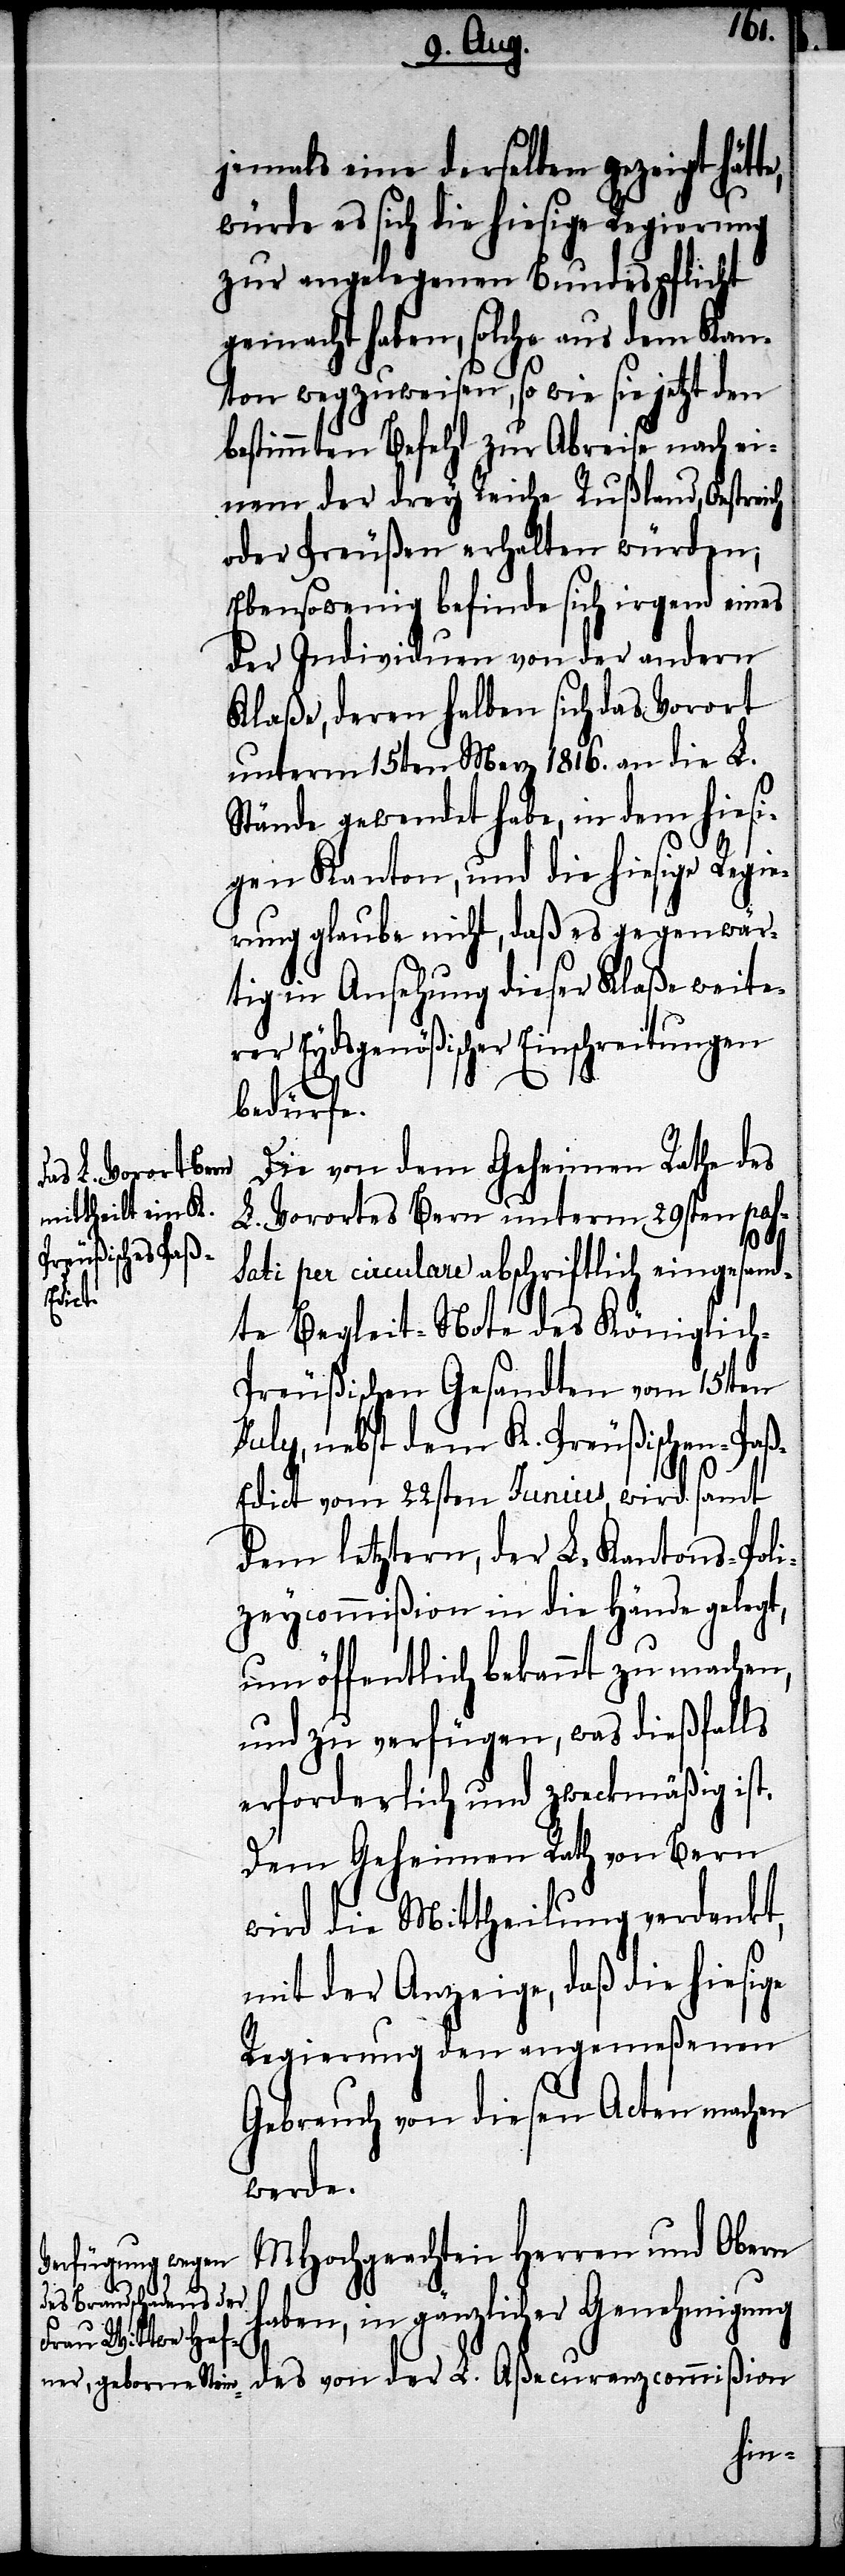
jemals eine derselben gezeigt hät¬
würde es sich die hiesige Regierung
zur angelegenen Bundespflicht
gemacht haben, solche aus dem Kan¬
ton wegzuweisen, so wie sie jetzt den
bestimmten Befehl zur Abreise nach ei¬
nem der drey Reiche Rußland, Oestreich
oder Preußen erhalten würden;
Ebensowenig befinde sich irgend eines
der Individuen von der andern
Klaße, deren halben sich das Vorort
unterm 15ten Merz 1816. an die L.
Stände gewendet habe, in dem hiesi¬
gen Kanton, und die hiesige Regie¬
rung glaube nicht, daß es gegenwär¬
tig in Ansehung dieser Klaße weite¬
rer Eydsgenößischer Einschreitungen
bedürfe.
Die von dem Geheimen Rathe des
des von der
L. Vorortes Bern unterm 29sten pas¬
alls
sati per circulare abschriftlich eingesand¬
te,
te Begleit-Note des Königlic¬
h-Preußischen Gesandten vom 15ten
July, nebst dem K. Preußischen-Pa¬
ß-Edict vom 22sten Junius, wird samt
dem letztern, der L. Kantons-Poli¬
zeycommißion in die Hände gelegt,
um öffentlich bekannt zu machen,
und zu verfügen, was die dießf¬
erforderlich und zweckmäßig ist.
Dem Geheimen Rath von Bern
wird die Mittheilung verdankt,
mit der Anzeige, daß die hiesige
Regierung den angemeßenen
Gebrauch von diesen Acten machen
werde.
MHochgeachten Herren und Obern
haben, in gänzlicher Genehmigung